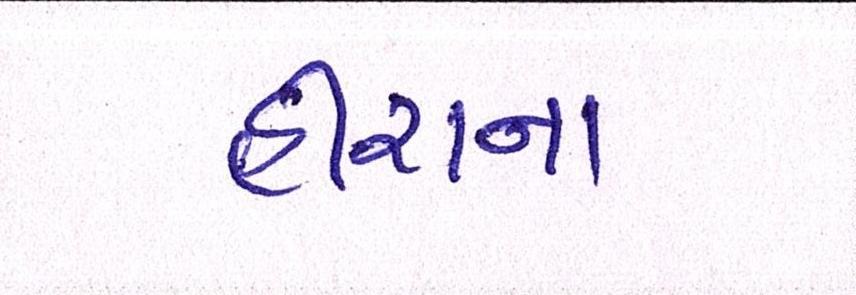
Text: હીરાના